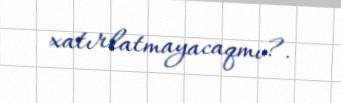
xatırlatmayacaqmı?.